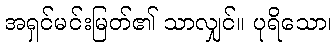
အရှင်မင်းမြတ်၏ သာလျှင်။ ပုရိသော၊